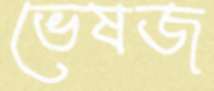
ভেষজ